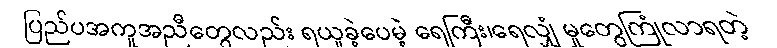
ပြည်ပအကူအညီတွေလည်း ရယူခဲ့ပေမဲ့ ရေကြီး၊ရေလျှံ မှုတွေကြုံလာရတဲ့